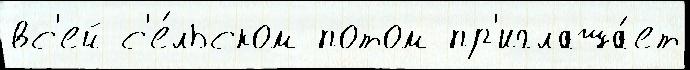
вс'ей с'е́льском потом пр'иглаша́ет